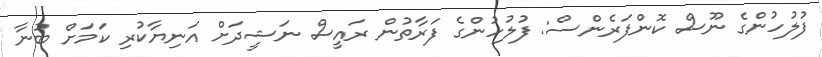
ފުލުހުންގެ ނޫސް ކޮންފަރެންސް: ފުލުހުންގެ ފަރާތުން ރައީސް ނަޝީދަށް އަނިޔާކުރި ކަމަށް ބުނާ